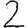
Digit: 2